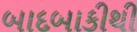
બાદબાકીથી